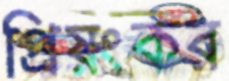
প্রিয়ংকর